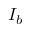
I _ { b }